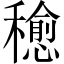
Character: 𥣒